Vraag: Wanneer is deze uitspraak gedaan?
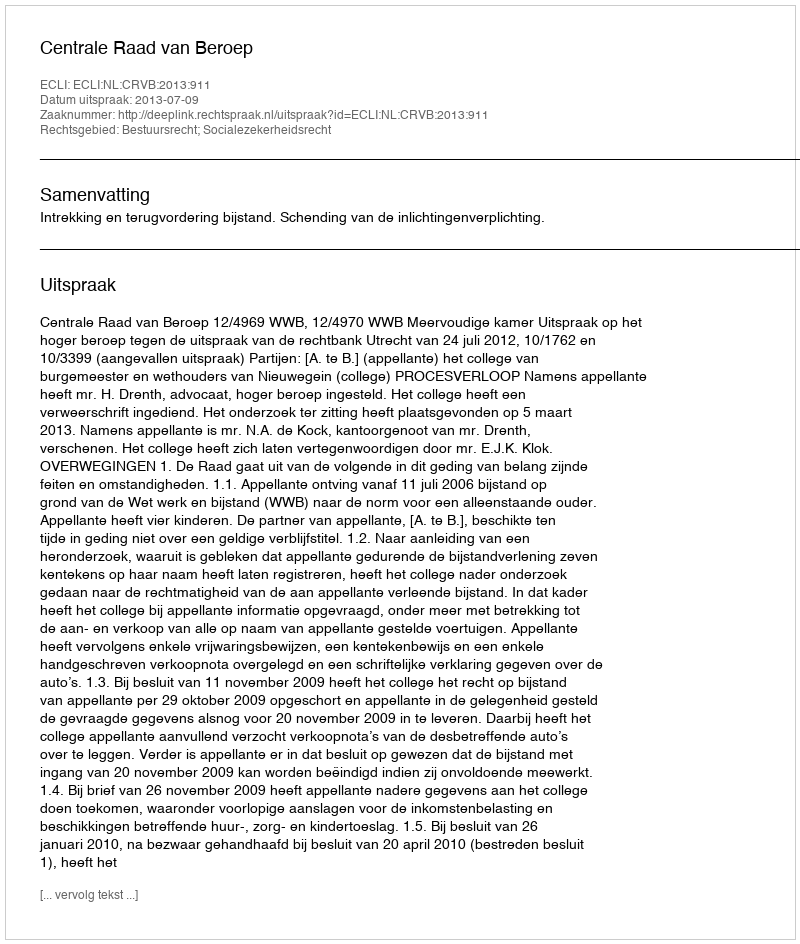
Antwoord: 2013-07-09